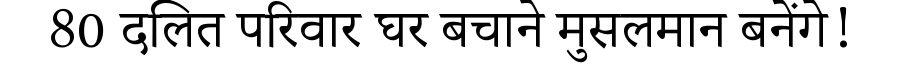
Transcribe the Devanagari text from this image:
80 दलित परिवार घर बचाने मुसलमान बनेंगे!